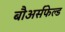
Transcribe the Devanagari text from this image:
बौअर्सफेल्ड